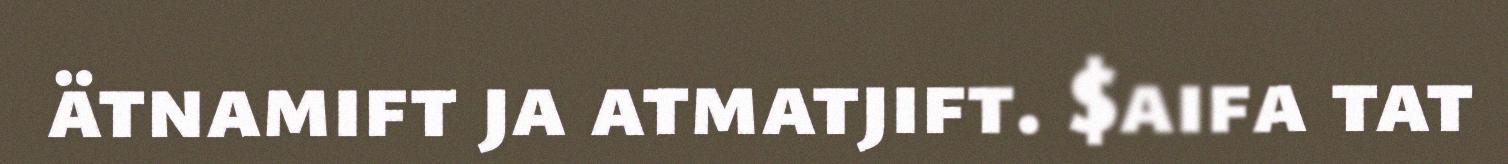
ätnamift ja atmatjift. $aifa tat